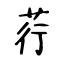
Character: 荇